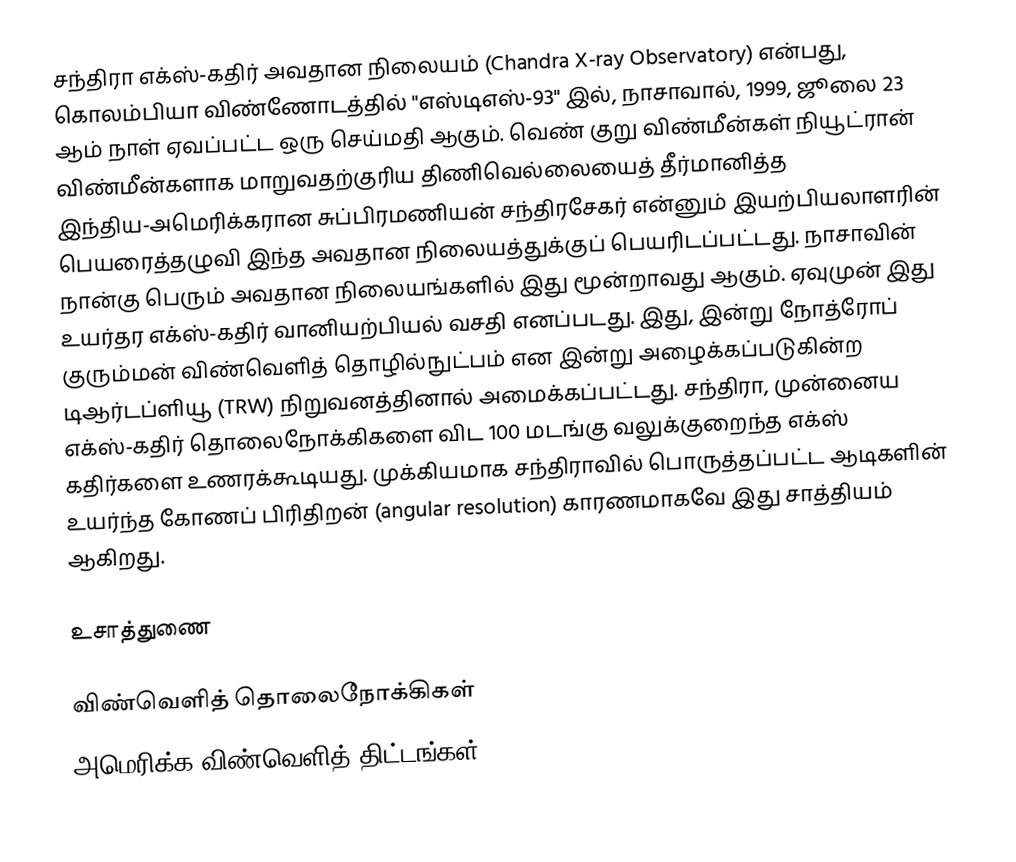
சந்திரா எக்ஸ்-கதிர் அவதான நிலையம் (Chandra X-ray Observatory) என்பது, கொலம்பியா விண்ணோடத்தில் "எஸ்டிஎஸ்-93" இல், நாசாவால், 1999, ஜூலை 23 ஆம் நாள் ஏவப்பட்ட ஒரு செய்மதி ஆகும். வெண் குறு விண்மீன்கள் நியூட்ரான் விண்மீன்களாக மாறுவதற்குரிய திணிவெல்லையைத் தீர்மானித்த இந்திய-அமெரிக்கரான சுப்பிரமணியன் சந்திரசேகர் என்னும் இயற்பியலாளரின் பெயரைத்தழுவி இந்த அவதான நிலையத்துக்குப் பெயரிடப்பட்டது. நாசாவின் நான்கு பெரும் அவதான நிலையங்களில் இது மூன்றாவது ஆகும். ஏவுமுன் இது உயர்தர எக்ஸ்-கதிர் வானியற்பியல் வசதி எனப்படது. இது, இன்று நோத்ரோப் குரும்மன் விண்வெளித் தொழில்நுட்பம் என இன்று அழைக்கப்படுகின்ற டிஆர்டப்ளியூ (TRW) நிறுவனத்தினால் அமைக்கப்பட்டது. சந்திரா, முன்னைய எக்ஸ்-கதிர் தொலைநோக்கிகளை விட 100 மடங்கு வலுக்குறைந்த எக்ஸ் கதிர்களை உணரக்கூடியது. முக்கியமாக சந்திராவில் பொருத்தப்பட்ட ஆடிகளின் உயர்ந்த கோணப் பிரிதிறன் (angular resolution) காரணமாகவே இது சாத்தியம் ஆகிறது.

உசாத்துணை

விண்வெளித் தொலைநோக்கிகள்
அமெரிக்க விண்வெளித் திட்டங்கள்